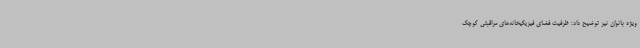
ویژه بانوان نیز توضیح داد: ظرفیت فضای فیزیکیخانه‌های مراقبتی کوچک